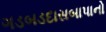
ગડબડદાસબાપાનો